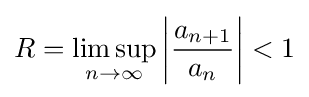
R=\limsup _{n\to \infty }\left|{\frac {a_{n+1}}{a_{n}}}\right|<1